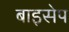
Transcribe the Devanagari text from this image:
बाइसेप